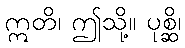
ဣတိ၊ ဤသို့။ ပုစ္ဆိ၊